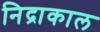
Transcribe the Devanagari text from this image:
निद्राकाल